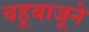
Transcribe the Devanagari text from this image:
चहूबाजूने